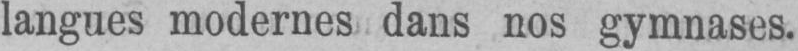
langues modernes dans nos gymnases.